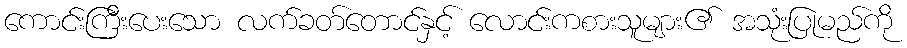
ကောင်းကြီးပေးသော လက်ခတ်တောင်နှင့် လောင်းကစားသူများ၏ အသုံးပြုမည်ကို